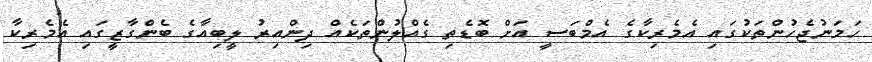
ހަމަނުޖެހުންތަކުގައި އެމެރިކާގެ އެމްބަސީ އަށް ބޮޑެތި ގެއްލުންތަކެއް ދިންއިރު ލީބިއާގެ ބެންގާޒީގައި އެމެރިކާ